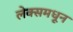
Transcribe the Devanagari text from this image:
लेक्समधून